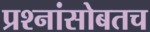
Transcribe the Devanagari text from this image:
प्रश्नांसोबतच